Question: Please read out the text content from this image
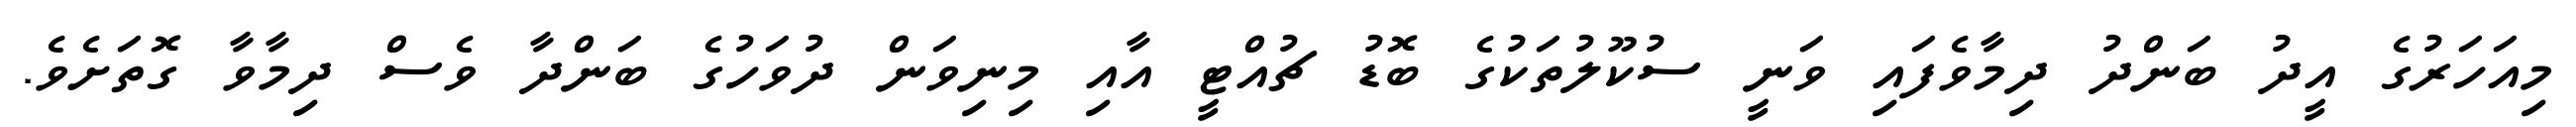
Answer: މިއަހަރުގެ އީދު ބަންދު ދިމާވެފައި ވަނީ ސުކޫލުތަކުގެ ބޮޑު ޗުއްޓީ އާއި މިނިވަން ދުވަހުގެ ބަންދާ ވެސް ދިމާވާ ގޮތަށެވެ.